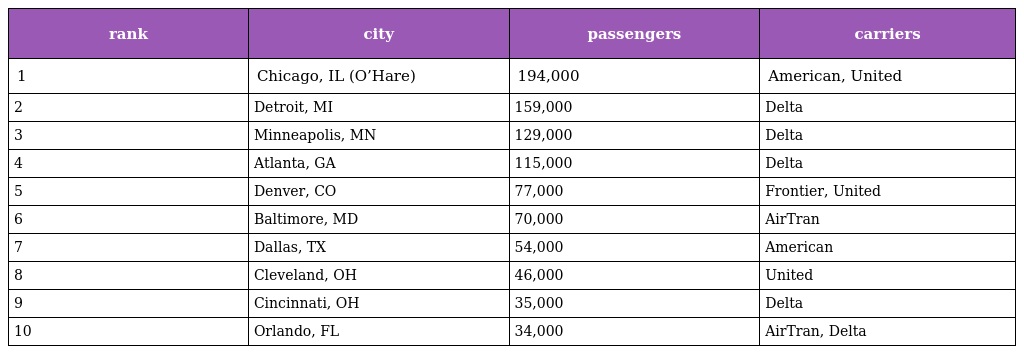
| rank | city | passengers | carriers |
 | --- | --- | --- | --- |
 | 1 | Chicago, IL (O’Hare) | 194,000 | American, United |
 | 2 | Detroit, MI | 159,000 | Delta |
 | 3 | Minneapolis, MN | 129,000 | Delta |
 | 4 | Atlanta, GA | 115,000 | Delta |
 | 5 | Denver, CO | 77,000 | Frontier, United |
 | 6 | Baltimore, MD | 70,000 | AirTran |
 | 7 | Dallas, TX | 54,000 | American |
 | 8 | Cleveland, OH | 46,000 | United |
 | 9 | Cincinnati, OH | 35,000 | Delta |
 | 10 | Orlando, FL | 34,000 | AirTran, Delta |